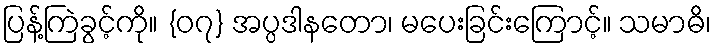
ပြန့်ကြဲခွင့်ကို။ {၀၇} အပ္ပဒါနတော၊ မပေးခြင်းကြောင့်။ သမာဓိ၊